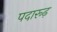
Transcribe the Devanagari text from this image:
पदारूढ़